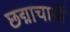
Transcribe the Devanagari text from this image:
छद्माचार्यों